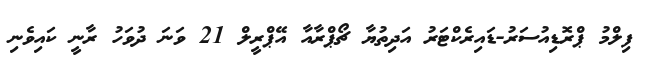
ފިލްމު ޕްރޮޑިއުސަރު-ޑައިރެކްޓަރު އަދިތުޔާ ޗޯޕްރާއާ އޭޕްރީލް 21 ވަނަ ދުވަހު ރާނީ ކައިވެނި